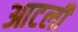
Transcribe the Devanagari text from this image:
आटली